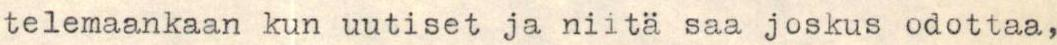
telemaankaan kun uutiset ja niitä saa joskus odottaa,